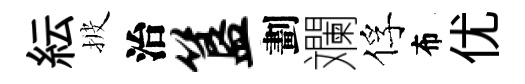
紜披治簋劃斕俘布优